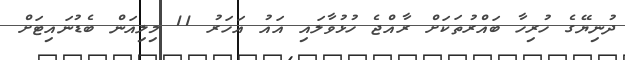
ދުނިޔޭގެ ހުރިހާ ބައްރުތަކަށް ރާއްޖެ ހުޅުވާލައި އައު އަހަރު 11 މިލިއަން ބެޑުނައިޓަށް